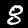
Digit: 8